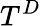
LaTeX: T^{D}